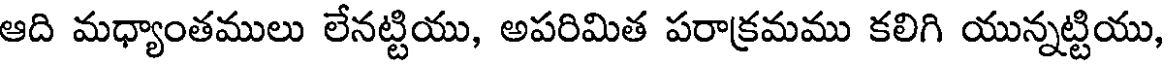
ఆది మధ్యాంతములు లేనట్టియు, అపరిమిత పరాక్రమము కలిగి యున్నట్టియు,